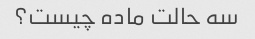
سه حالت ماده چیست؟